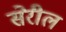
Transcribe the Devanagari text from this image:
सेरील